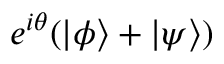
e ^ { i \theta } ( | \phi \rangle + | \psi \rangle )